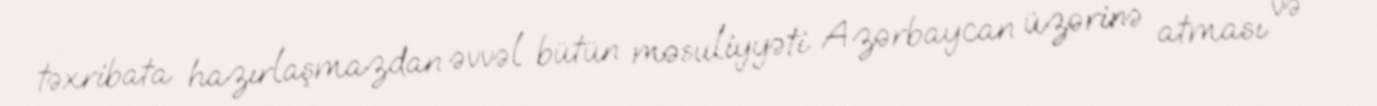
təxribata hazırlaşmazdan əvvəl bütün məsuliyyəti Azərbaycan üzərinə atması və